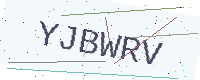
Text: YJBWRV